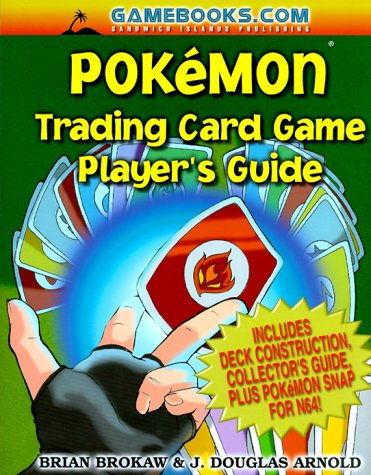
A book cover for Pokemon Trading Card Game Player's Guide; Brian Brokaw; Science Fiction & Fantasy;